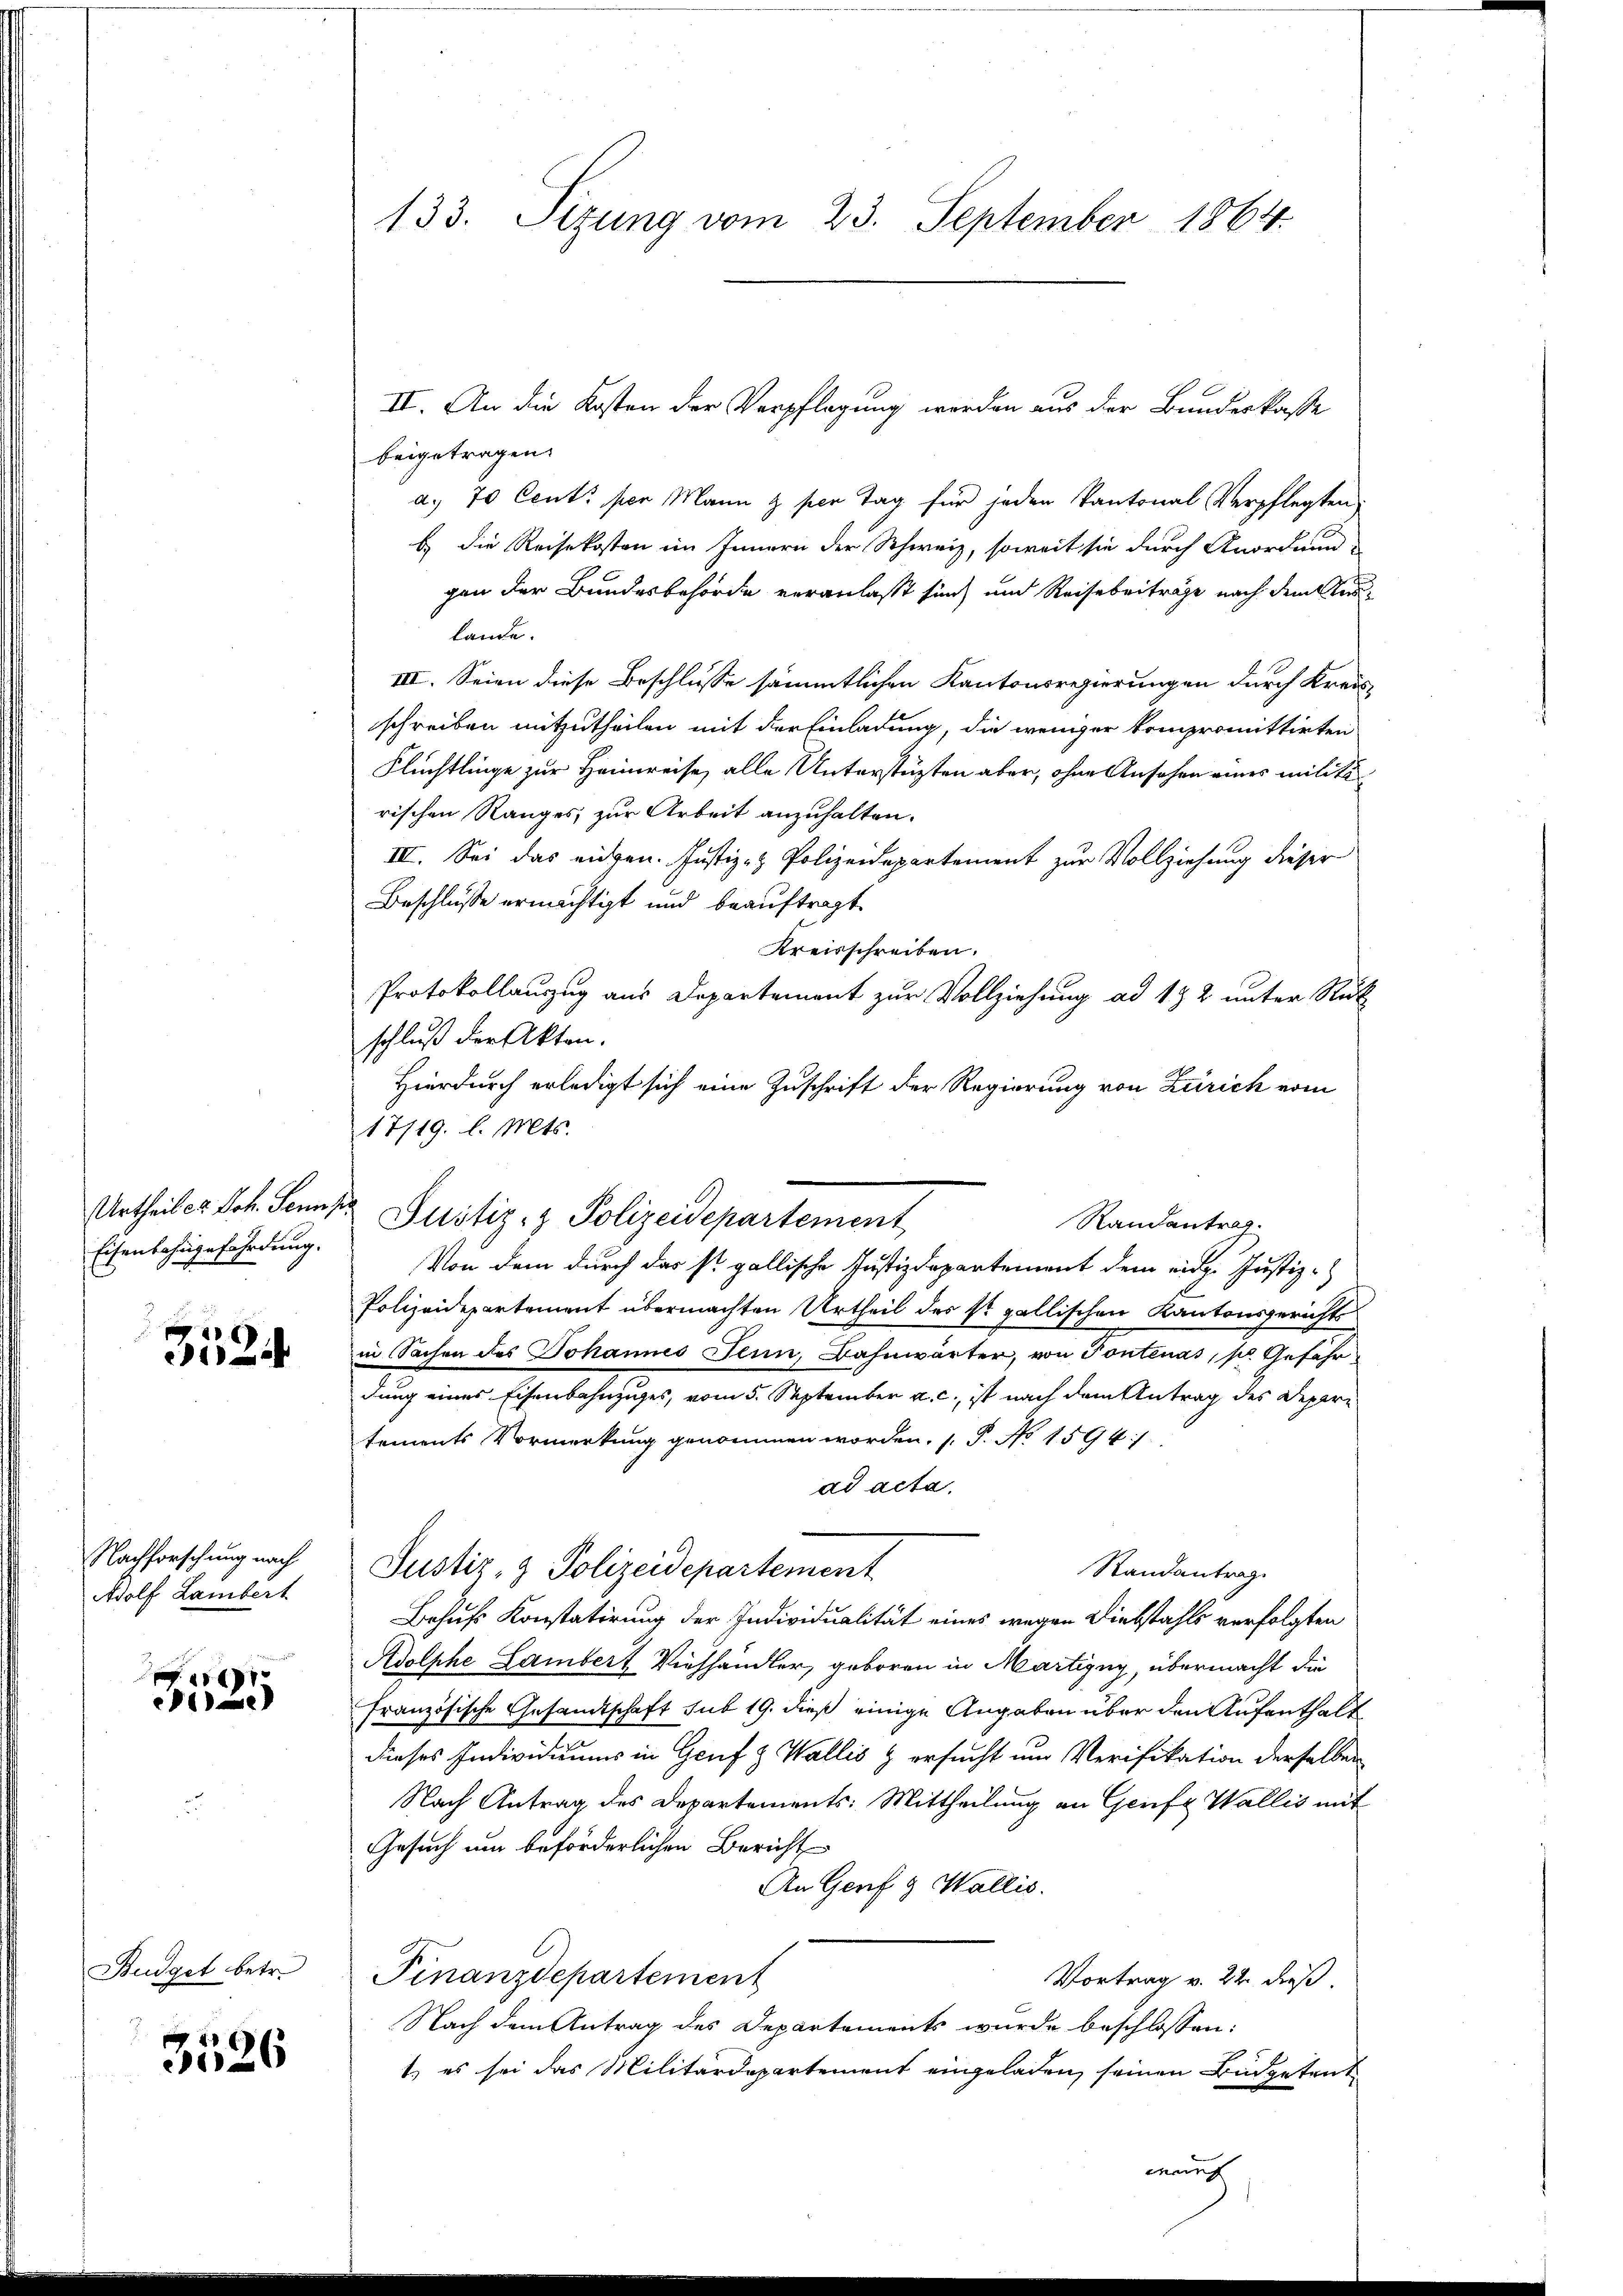
Eisenbahngefährdung.

3524

Nachforschung nach
Adolf Lambert
6

e

Budget betr.

3526

beigetragen.
a. 70 Cents per Mann & per Tag für jeden Kantonal Verpflegten,
b. die Reisekosten im Innern der Schweiz, soweit sie durch Anordnun
gen der Bundesbehörde veranlaßt sind, und Reise beiträge nach dem erlande.
III. Seien diese Beschlusse sämmtlichen Kantonsregierungen durch Kreis
schreiben mitzutheilen mit der Einladung, die weniger kompromittirten
Flüchtlinge zur Heimreise, alle Unterstüzten aber, ohne Ansehen eines militärischen Ranges, zur Arbeit anzuhalten.
III. Sei das eidgen. Justiz- & Polizeidepartement zur Vollziehung dieser
Beschlusse ermächtigt und beauftragt
Kreisschreiben.
Protokollauszug aus Departement zur Vollziehung ad 132 unter Rück
schluß der Akten.
Hierdurch erledigt sich eine Zuschrift der Regierung von Zürich vom
17/19. l. Mts.
Urtheiler Joh. Sonnte Justiz- & Polizeidepartement
Randantrag.
Von dem durch das st. gallische Justizdepartement dem eidg. Justiz-
Polizeidepartement übermachten Urtheil des St. gallischen Kantonsgerichts
in Sachen des Johannes Senn, Bahnwärter, von Pontenas, pr. Gefährdung eines Eisenbahnzuges, vom 5. September a. c., ist nach dem Antrag des Departements Vormerkung genommen worden. ( P. No 1594
ad acta.
Randantrag.
Justiz- & Polizeidepartement
Behufs Konstatirung der Individualität eines wegen Diebstahls verfolgten
Adolphe Lambert Viehhändler, geboren in Martizig, übermacht die
Französische Gesandtschaft sub 19. dieß einige Angaben über den Aufenthalt
dieses Individuums in Genf & Wallis & ersucht um Verifikation derselben
Nach Antrag des Departements: Mittheilung an Genf Wallis mit
Gesuch um beförderlichen Bericht
An Genf g Wallis.
Finanzdepartement
Vortrag v. 22. dieß.
Nach dem Antrag des Departements wurde beschlossen:
t es sei das Militärdepartement eingeladen, seinen Budgetret
werf

133. Sizung vom 23. September 1864.

II. An die Kosten der Verpflegung werden aus der Bundeskasse